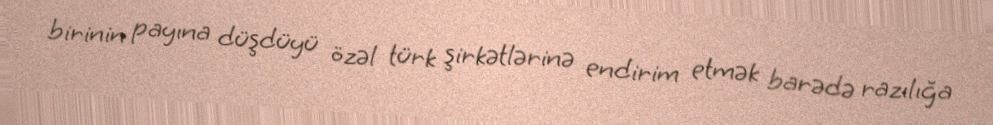
birinin payına düşdüyü özəl türk şirkətlərinə endirim etmək barədə razılığa